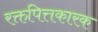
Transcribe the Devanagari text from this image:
रक्तपित्तकारक